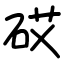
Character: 砹